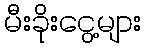
မီးခိုးငွေ့များ